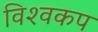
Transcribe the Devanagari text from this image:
विश्‍वकप